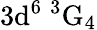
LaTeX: \mathrm{3d^{6}\ ^{3}G_{4}}